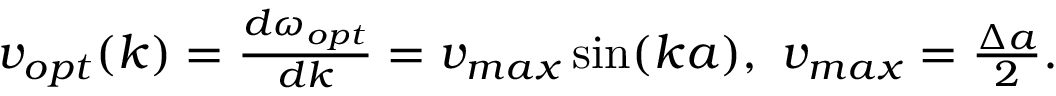
\begin{array} { r } { v _ { o p t } ( k ) = \frac { d \omega _ { o p t } } { d k } = v _ { m a x } \sin ( k a ) , ~ v _ { m a x } = \frac { \Delta a } { 2 } . } \end{array}